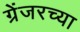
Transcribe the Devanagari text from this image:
ग्रेंजरच्या